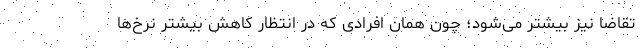
تقاضا نیز بیشتر می‌شود؛ چون همان افرادی که در انتظار کاهش بیشتر نرخ‌ها